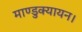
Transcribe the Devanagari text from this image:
माण्डुक्यायन।